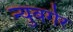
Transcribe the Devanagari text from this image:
न्युबर्गर